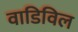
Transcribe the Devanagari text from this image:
वाडिविल